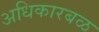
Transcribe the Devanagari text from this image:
अधिकारबळ